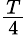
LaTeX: \textstyle{\frac{T}{4}}